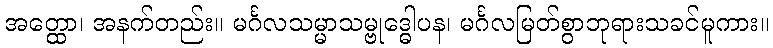
အတ္ထော၊ အနက်တည်း။ မင်္ဂလသမ္မာသမ္ဗုဒ္ဓေါပန၊ မင်္ဂလမြတ်စွာဘုရားသခင်မူကား။